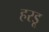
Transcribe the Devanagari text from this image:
हरडू